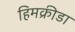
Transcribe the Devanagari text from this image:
हिमक्रीडा